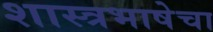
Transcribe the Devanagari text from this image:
शास्त्रभाषेचा